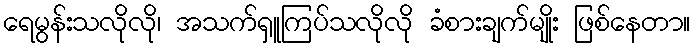
ရေမွန်းသလိုလို၊ အသက်ရှူကြပ်သလိုလို ခံစားချက်မျိုး ဖြစ်နေတာ။